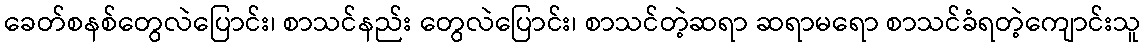
ခေတ်စနစ်တွေလဲပြောင်း၊ စာသင်နည်း တွေလဲပြောင်း၊ စာသင်တဲ့ဆရာ ဆရာမရော စာသင်ခံရတဲ့ကျောင်းသူ